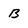
Character: B